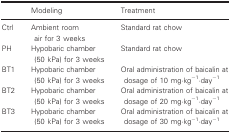
|  | Modeling | Treatment |
 | --- | --- | --- |
 | Ctrl | Ambient room air for 3 weeks | Standard rat chow |
 | PH | Hypobaric chamber (50 kPa) for 3 weeks | Standard rat chow |
 | BT1 | Hypobaric chamber (50 kPa) for 3 weeks | Oral administration of baicalin at dosage of 10 mg·kg−1·day−1 |
 | BT2 | Hypobaric chamber (50 kPa) for 3 weeks | Oral administration of baicalin at dosage of 20 mg·kg−1·day−1 |
 | BT3 | Hypobaric chamber (50 kPa) for 3 weeks | Oral administration of baicalin at dosage of 30 mg·kg−1·day−1 |